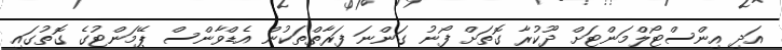
އަދި އިންސްޓޯލްމަންޓަށް ދޫކުރާ ގޮތަށް ފޯނު ގަންނަ ފަރާތްތަކުން އެޑްވާންސް ޕޭމަންޓުގެ ގޮތުގައި